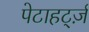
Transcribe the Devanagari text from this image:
पेटाहर्ट्ज़